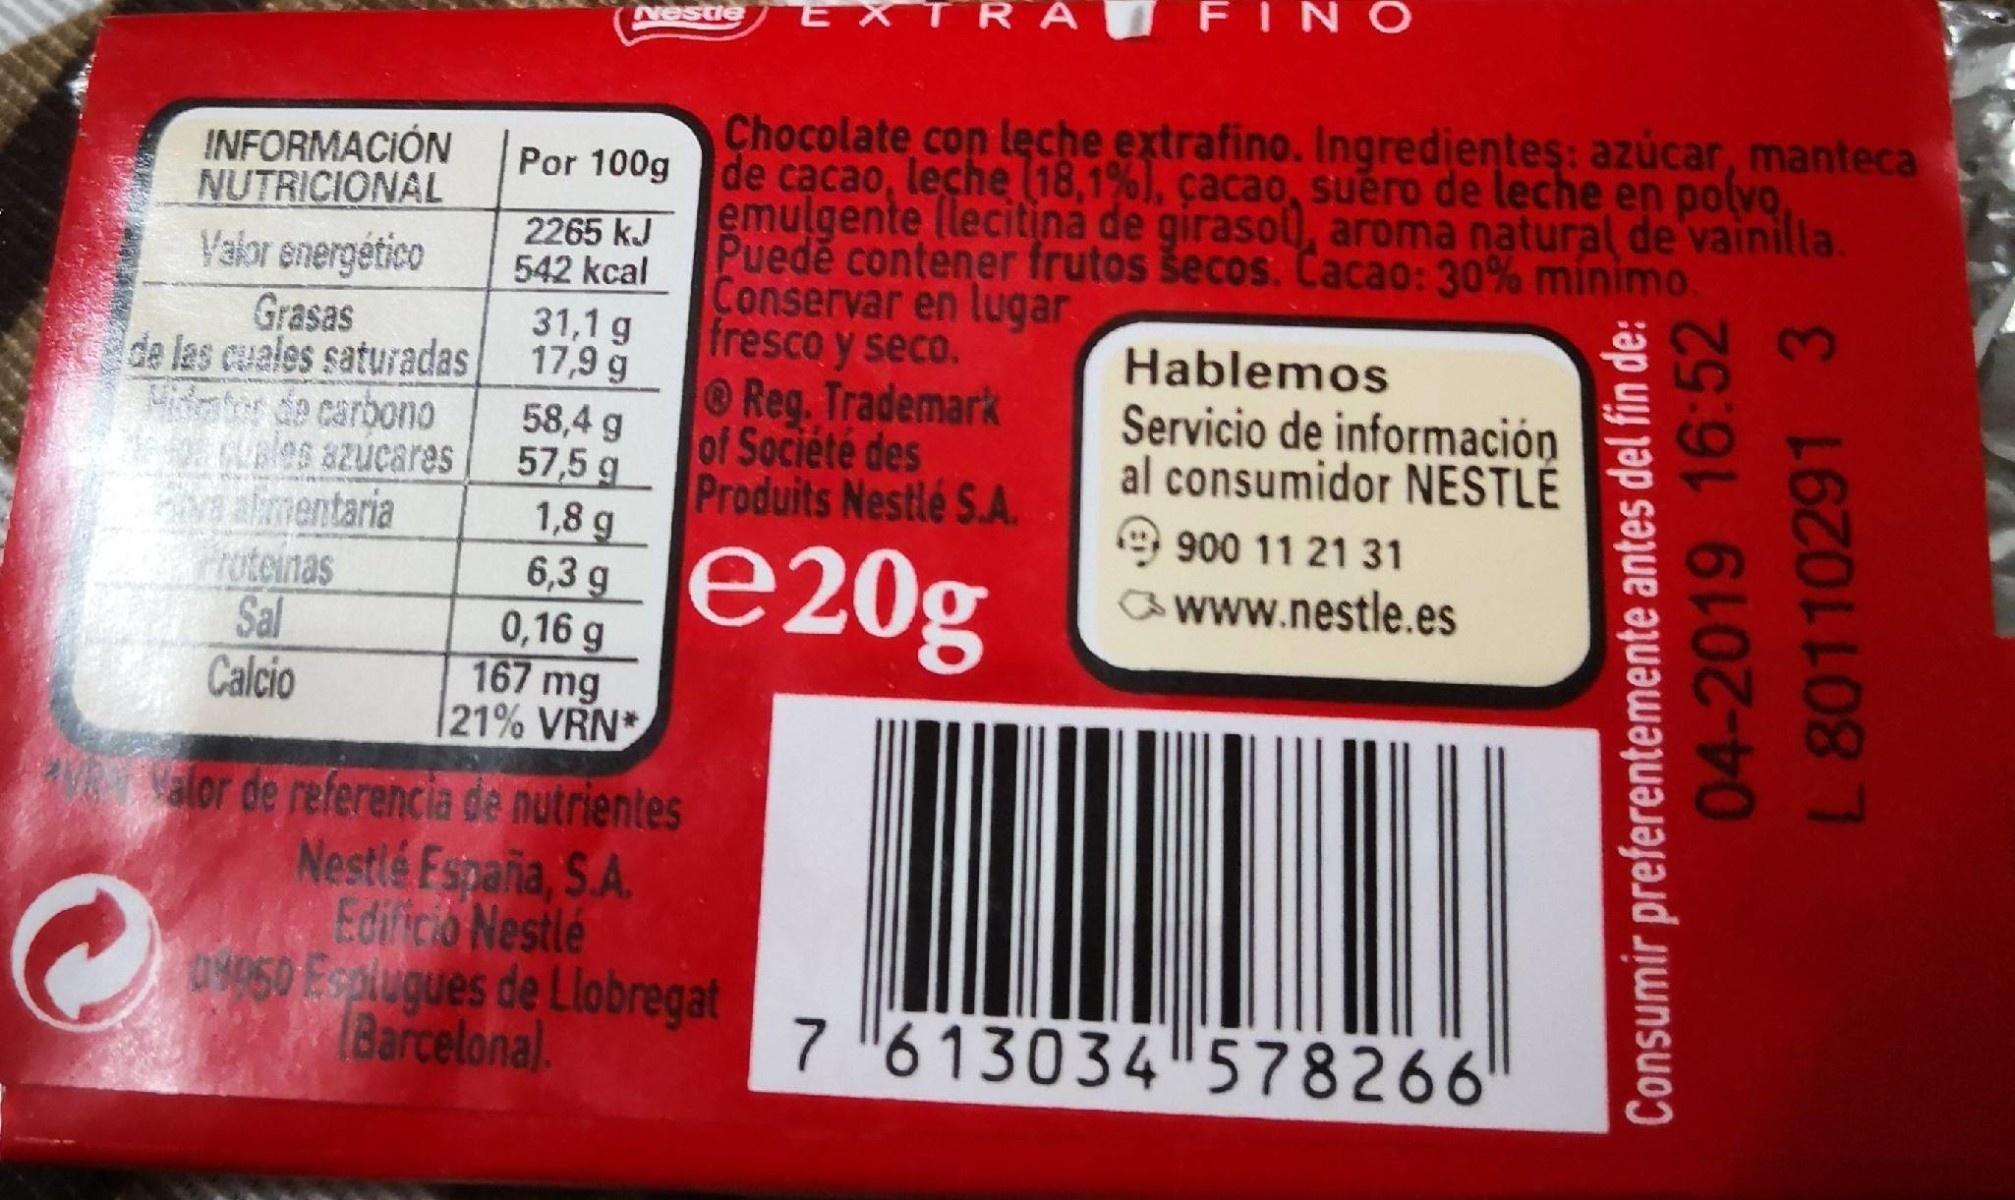
FINO Nestle Chocolate con leche extrafino. Ingredientes: azúcar, manteca INFORMACIÓN NUTRICIONAL Por 100g de cacao, leche (18,1%), çacao, suero de leche en po(vo, emulgente (lecitina de girasol), aroma natural de vainilla Puede contener frutos šecos. Cacao: 30% minimo. Conservar en lugar fresco y seco. Reg. Trademark of Société des Produits Nestlé S.A. 2265 kJ 542 kcal Valor energético Grasas de las cuales saturadas Midater de carbono 0 GLBles azucares aimentaria rotenas Sal Calcio 31,1 g 17,9 g Hablemos Servicio de información al consumidor NESTLÉ 58,4 g 57,5 g 1,8 g 6,3 g 0,16 g 167 mg 21% VRN* e20g 900 11 21 31 www.nestle.es alor de referencia de nutrientes Nestle Fspaña, S.A. Edificio Nestlé O4050 Esaugues de Llobregat Barcelonal. 7 613034 578266 Consumir preferentemente antes del fin de: 04-2019 16:52 L 80110291 3